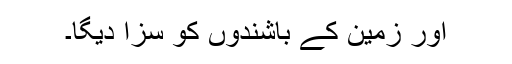
اور زمین کے باشندوں کو سزا دیگا۔